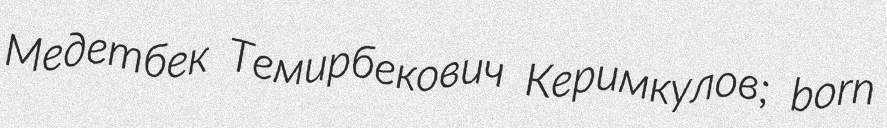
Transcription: Медетбек Темирбекович Керимкулов; born